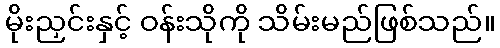
မိုးညှင်းနှင့် ဝန်းသိုကို သိမ်းမည်ဖြစ်သည်။